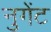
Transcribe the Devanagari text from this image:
नुगेंट